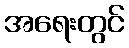
အရေးတွင်